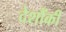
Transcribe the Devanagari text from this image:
देशौंकी